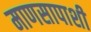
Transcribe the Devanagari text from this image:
माणसापाशी